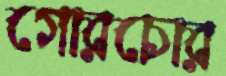
গোরচোর